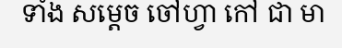
ទាំង សម្តេច ចៅហ្វា កៅ ជា មា